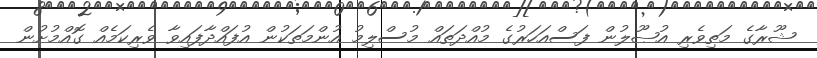
ޝޫރާގެ މަތިވެރި އުޞޫލުން ފަސްއަހަރުގެ މުއްދަތައް މުސްލިމު އުންމަތަކުން އުފައްދާފައިވާ ވެރިކަމެއް ގޮއްމުށުން